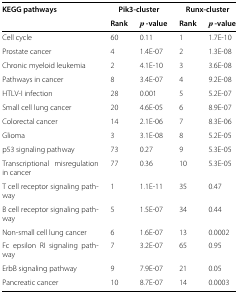
<table><thead><tr><td><b>KEGG pathways</b></td><td colspan="2"><b>Pik3-cluster</b></td><td colspan="2"><b>Runx-cluster</b></td></tr><tr><td><b> </b></td><td><b>Rank</b></td><td><b><i>p </i>-value</b></td><td><b>Rank</b></td><td><b><i>p </i>-value</b></td></tr></thead><tbody><tr><td>Cell cycle</td><td>60</td><td>0.11</td><td>1</td><td>1.7E-10</td></tr><tr><td>Prostate cancer</td><td>4</td><td>1.4E-07</td><td>2</td><td>1.3E-08</td></tr><tr><td>Chronic myeloid leukemia</td><td>2</td><td>4.1E-10</td><td>3</td><td>3.6E-08</td></tr><tr><td>Pathways in cancer</td><td>8</td><td>3.4E-07</td><td>4</td><td>9.2E-08</td></tr><tr><td>HTLV-I infection</td><td>28</td><td>0.001</td><td>5</td><td>5.2E-07</td></tr><tr><td>Small cell lung cancer</td><td>20</td><td>4.6E-05</td><td>6</td><td>8.9E-07</td></tr><tr><td>Colorectal cancer</td><td>14</td><td>2.1E-06</td><td>7</td><td>8.3E-06</td></tr><tr><td>Glioma</td><td>3</td><td>3.1E-08</td><td>8</td><td>5.2E-05</td></tr><tr><td>p53 signaling pathway</td><td>73</td><td>0.27</td><td>9</td><td>5.3E-05</td></tr><tr><td>Transcriptional misregulation in cancer</td><td>77</td><td>0.36</td><td>10</td><td>5.3E-05</td></tr><tr><td>T cell receptor signaling pathway</td><td>1</td><td>1.1E-11</td><td>35</td><td>0.47</td></tr><tr><td>B cell receptor signaling pathway</td><td>5</td><td>1.5E-07</td><td>34</td><td>0.44</td></tr><tr><td>Non-small cell lung cancer</td><td>6</td><td>1.6E-07</td><td>13</td><td>0.0002</td></tr><tr><td>Fc epsilon RI signaling pathway</td><td>7</td><td>3.2E-07</td><td>65</td><td>0.95</td></tr><tr><td>ErbB signaling pathway</td><td>9</td><td>7.9E-07</td><td>21</td><td>0.05</td></tr><tr><td>Pancreatic cancer</td><td>10</td><td>8.7E-07</td><td>14</td><td>0.0003</td></tr></tbody></table>